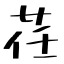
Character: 荏